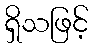
ရှိသဖြင့်